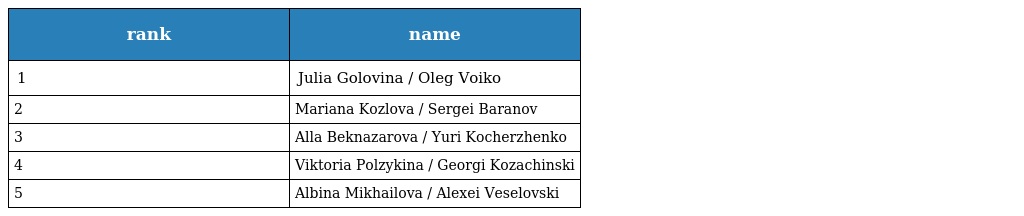
| rank | name |
 | --- | --- |
 | 1 | Julia Golovina / Oleg Voiko |
 | 2 | Mariana Kozlova / Sergei Baranov |
 | 3 | Alla Beknazarova / Yuri Kocherzhenko |
 | 4 | Viktoria Polzykina / Georgi Kozachinski |
 | 5 | Albina Mikhailova / Alexei Veselovski |